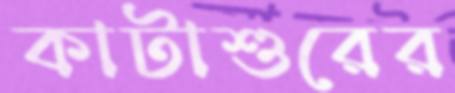
কাটাশুরের